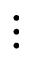
\vdots